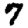
Digit: 7